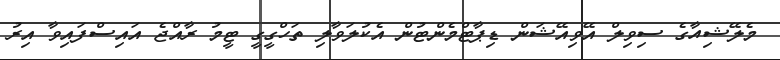
މެލޭޝިއާގެ ސިވިލް އޭވިއޭޝަން ޑިޕާޓްމެންޓުން އެކުލަވާލި ތަހްގީގީ ޓީމު ރާއްޖެ އައިސްފައިވާ އިރު